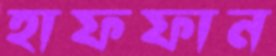
হাফফান